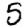
Digit: 5